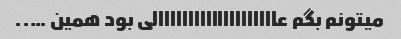
میتونم بگم عاااااااااااااااااااالی بود همین …..